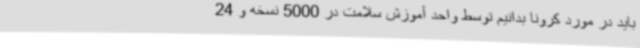
باید در مورد کرونا بدانیم توسط واحد آموزش سلامت در 5000 نسخه و 24